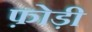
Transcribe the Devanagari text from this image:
फ़ोड़ी